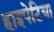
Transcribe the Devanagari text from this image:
हाइपेटिया